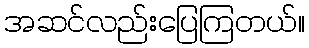
အဆင်လည်းပြေကြတယ်။